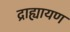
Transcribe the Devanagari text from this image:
द्राह्यायण